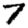
Digit: 7